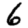
Digit: 6